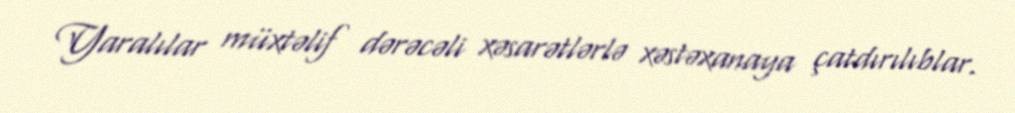
Yaralılar müxtəlif dərəcəli xəsarətlərlə xəstəxanaya çatdırılıblar.